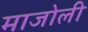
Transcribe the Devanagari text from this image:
माजोली